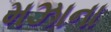
મઝાના